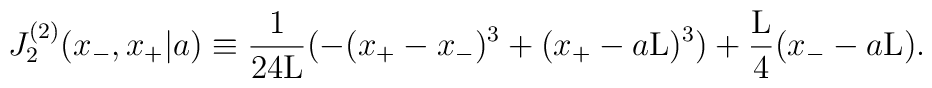
J_2^{(2)}(x_{-},x_{+}|a) \equiv \frac{1}{24{\rm L}}(-(x_{+} - x_{-})^3 + (x_{+} - a{\rm L})^3)+ \frac{\rm L}{4} (x_{-} - a{\rm L}).